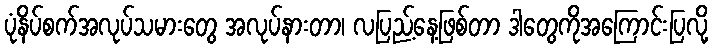
ပုံနိပ်စက်အလုပ်သမားတွေ အလုပ်နားတာ၊ လပြည့်နေ့ဖြစ်တာ ဒါတွေကိုအကြောင်းပြလို့